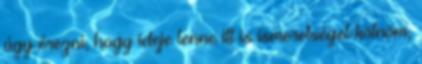
úgy érezni, hogy ideje lenne itt is ismeretséget kötnöm,